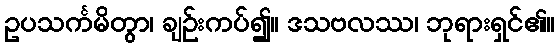
ဥပသင်္ကမိတွာ၊ ချဉ်းကပ်၍။ ဒသဗလဿ၊ ဘုရားရှင်၏။